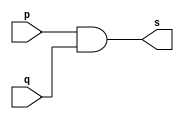
// -------------------------
// Exemplo0003 - AND
// Nome: Gabriel Carlos Damasceno Arriel
// -------------------------
// -------------------------
// -- and gate
// -------------------------
module andgate ( output s,
input p,
input q);
assign s = (p & q);
endmodule // andgate
module andgate1 ( output s1,
input r,
input o);
assign s1 = (r & o);
endmodule // andgate1
module andgate2 (output s2, input s, input s1);
assign s2 = (s1 & s);
endmodule // andgate2
// ---------------------
// -- test and gate
// ---------------------
module testandgate;
// ------------------------- dados locais
reg a, b, c, d; // definir registradores
wire s, s1, s2; // definir conexao (fio)
// ------------------------- instancia
andgate AND1 (s, a, b);
andgate1 AND2 (s1, c, d);
andgate2 AND3 (s2, s, s1);
// ------------------------- preparacao
initial begin:start
// atribuicao simultanea
// dos valores iniciais
a=0; b=0; c=0; d=0;
end
// ------------------------- parte principal
initial begin
$display("Exemplo0003 - Gabriel Carlos Damasceno Arriel - 451557");
$display("Test AND gate");
$display("\n(a & b) & (c & d) = s\n");
a=0; b=0; c=0; d=0;
#1 $display("(%b & %b) & (%b & %b) = %b", a, b, c, d, s2);
a=0; b=0; c=0; d=1;
#1 $display("(%b & %b) & (%b & %b) = %b", a, b, c, d, s2);
a=0; b=0; c=1; d=0;
#1 $display("(%b & %b) & (%b & %b) = %b", a, b, c, d, s2);
a=0; b=0; c=1; d=1;
#1 $display("(%b & %b) & (%b & %b) = %b", a, b, c, d, s2);
a=0; b=1; c=0; d=0;
#1 $display("(%b & %b) & (%b & %b) = %b", a, b, c, d, s2);
a=0; b=1; c=0; d=1;
#1 $display("(%b & %b) & (%b & %b) = %b", a, b, c, d, s2);
a=0; b=1; c=1; d=0;
#1 $display("(%b & %b) & (%b & %b) = %b", a, b, c, d, s2);
a=0; b=1; c=1; d=1;
#1 $display("(%b & %b) & (%b & %b) = %b", a, b, c, d, s2);
a=1; b=0; c=0; d=0;
#1 $display("(%b & %b) & (%b & %b) = %b", a, b, c, d, s2);
a=1; b=0; c=0; d=1;
#1 $display("(%b & %b) & (%b & %b) = %b", a, b, c, d, s2);
a=1; b=0; c=1; d=0;
#1 $display("(%b & %b) & (%b & %b) = %b", a, b, c, d, s2);
a=1; b=0; c=1; d=1;
#1 $display("(%b & %b) & (%b & %b) = %b", a, b, c, d, s2);
a=1; b=1; c=0; d=0;
#1 $display("(%b & %b) & (%b & %b) = %b", a, b, c, d, s2);
a=1; b=1; c=0; d=1;
#1 $display("(%b & %b) & (%b & %b) = %b", a, b, c, d, s2);
a=1; b=1; c=1; d=0;
#1 $display("(%b & %b) & (%b & %b) = %b", a, b, c, d, s2);
a=1; b=1; c=1; d=1;
#1 $display("(%b & %b) & (%b & %b) = %b", a, b, c, d, s2);
end
endmodule // testandgate